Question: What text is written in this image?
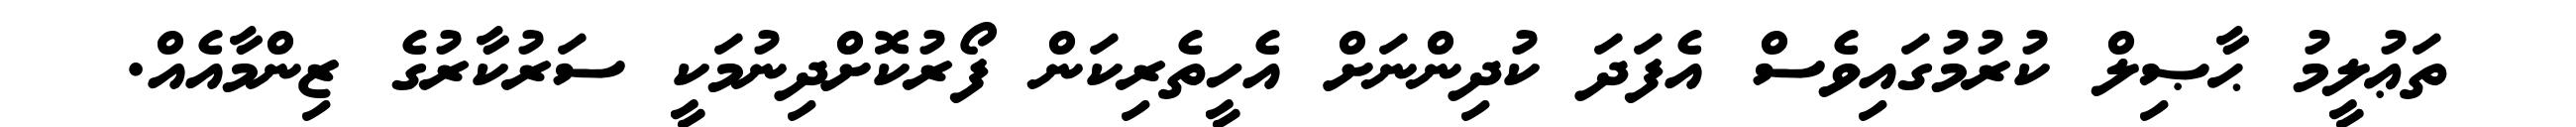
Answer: ތަޢުލީމު ޙާޞިލް ކުރުމުގައިވެސް އެފަދަ ކުދިންނަށް އެހީތެރިކަން ފޯރުކޮށްދިނުމަކީ ސަރުކާރުގެ ޒިންމާއެއް.